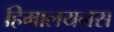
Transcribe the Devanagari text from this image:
हिमालयनस